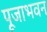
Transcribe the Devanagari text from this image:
पूजाभवन